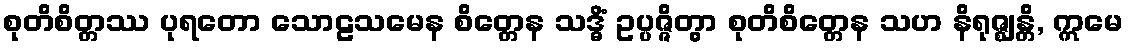
စုတိစိတ္တဿ ပုရတော သောဠသမေန စိတ္တေန သဒ္ဓိံ ဥပ္ပဇ္ဇိတွာ စုတိစိတ္တေန သဟ နိရုဇ္ဈန္တိ, ဣမေ